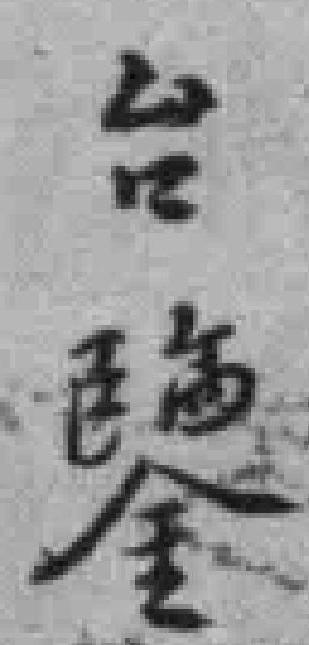
台鑒